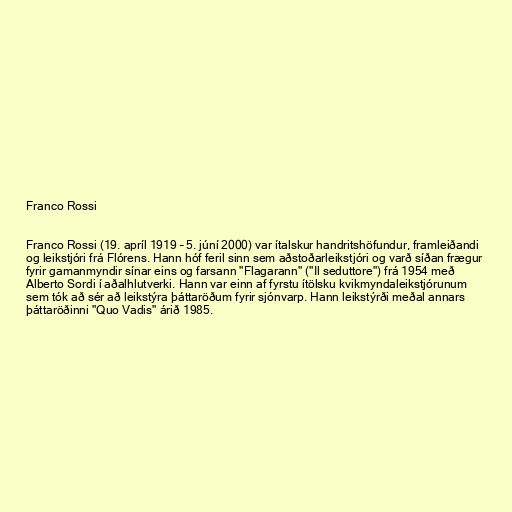
Franco Rossi

Franco Rossi (19. apríl 1919 – 5. júní 2000) var ítalskur handritshöfundur, framleiðandi
og leikstjóri frá Flórens. Hann hóf feril sinn sem aðstoðarleikstjóri og varð síðan frægur
fyrir gamanmyndir sínar eins og farsann "Flagarann" ("Il seduttore") frá 1954 með
Alberto Sordi í aðalhlutverki. Hann var einn af fyrstu ítölsku kvikmyndaleikstjórunum
sem tók að sér að leikstýra þáttaröðum fyrir sjónvarp. Hann leikstýrði meðal annars
þáttaröðinni "Quo Vadis" árið 1985.